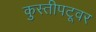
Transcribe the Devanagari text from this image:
कुस्तीपटूवर